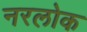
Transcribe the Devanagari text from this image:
नरलोक